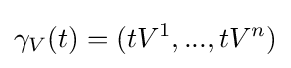
\gamma _{V}(t)=(tV^{1},...,tV^{n})